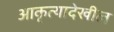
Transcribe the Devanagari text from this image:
आकृत्यादेखील